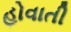
હોવાતી